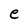
Character: e